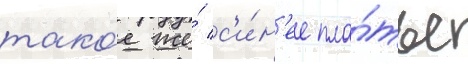
тако́е же́ с'и́н'ее пла́тье